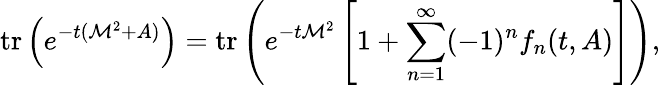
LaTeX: \mathrm{tr}\left(e^{-t({\cal M}^{2}+A)}\right)=\mathrm{tr}\left(e^{-t{\cal M}^{2}}\left[1+\sum_{n=1}^{\infty}(-1)^{n}f_{n}(t,A)\right]\right),